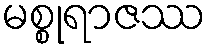
မစ္စုရာဇဿ